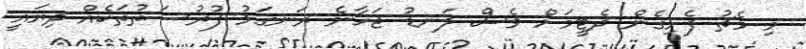
މި މެޗު ފެށިގެން ދެޓީމަށް ވެސް ލަނޑު ޖަހާނެ ރަނގަޅު ފުރުސަތުތަކެއް ދިޔައީ